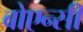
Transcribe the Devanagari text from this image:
बोएन्सी